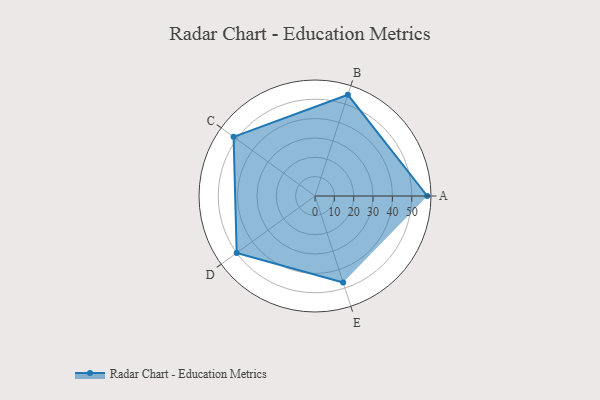
{"axis": {"x": "Skill", "y": "Score"}, "legend": ["Profile"], "data": [{"x": "A", "y": 58.0, "type": "Profile"}, {"x": "B", "y": 55.0, "type": "Profile"}, {"x": "C", "y": 52.0, "type": "Profile"}, {"x": "D", "y": 50.0, "type": "Profile"}, {"x": "E", "y": 47.0, "type": "Profile"}]}